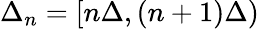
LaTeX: \Delta_{n}=[n\Delta,(n+1)\Delta)